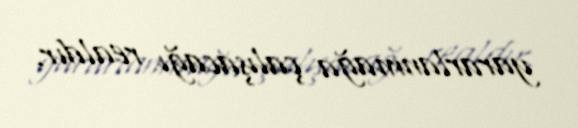
yararlanmağa çalışacağı realdır.